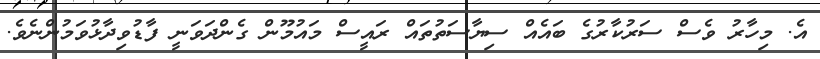
އެެ. މިހާރު ވެސް ސަރުކާރުގެ ބައެއް ސިޔާސަތުތައް ރައީސް މައުމޫން ގެންދަވަނީ ފާޑުވިދާޅުވަމުންނެވެ.